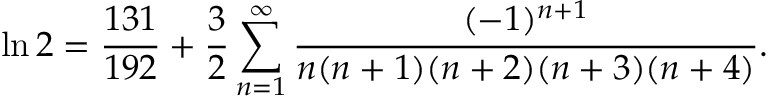
\ln 2 = { \frac { 1 3 1 } { 1 9 2 } } + { \frac { 3 } { 2 } } \sum _ { n = 1 } ^ { \infty } { \frac { ( - 1 ) ^ { n + 1 } } { n ( n + 1 ) ( n + 2 ) ( n + 3 ) ( n + 4 ) } } .